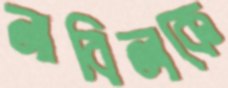
নাবিলকে